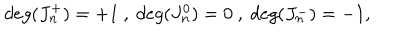
LaTeX: d e g ( J _ { n } ^ { + } ) = + 1 \ , \ d e g ( J _ { n } ^ { 0 } ) = 0 \ , \ d e g ( J _ { n } ^ { - } ) = - 1 ,